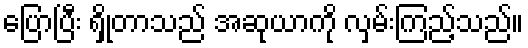
ပြောပြီး ရှိုတာသည် အဆုယာကို လှမ်းကြည့်သည်။